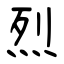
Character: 烈